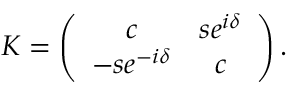
K = \left( \begin{array} { c c } { { c } } & { { s e ^ { i \delta } } } \\ { { - s e ^ { - i \delta } } } & { { c } } \end{array} \right) .